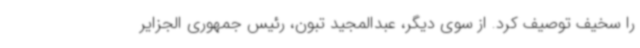
را سخیف توصیف کرد. از سوی دیگر، عبدالمجید تبون، رئیس جمهوری الجزایر